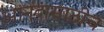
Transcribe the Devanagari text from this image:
आनंदासाठीच